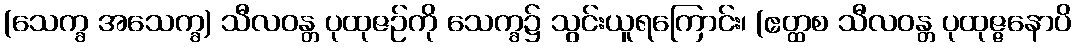
(သေက္ခ အသေက္ခ) သီလဝန္တ ပုထုဇဉ်ကို သေက္ခ၌ သွင်းယူရကြောင်း၊ (ဧတ္ထစ သီလဝန္တ ပုထုဇ္ဇနောပိ